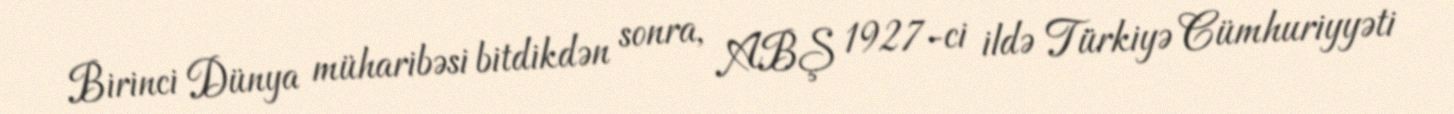
Birinci Dünya müharibəsi bitdikdən sonra, ABŞ 1927-ci ildə Türkiyə Cümhuriyyəti